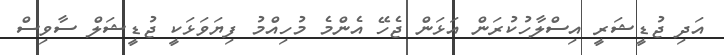
އަދި ޖުޑީޝަރީ އިސްލާހުކުރަން އަޅަން ޖެހޭ އެންމެ މުހިއްމު ފިޔަވަޅަކީ ޖުޑީޝަލް ސާވިސް